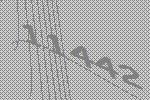
11442